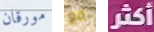
مورقان مع أكثر